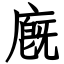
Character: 廐